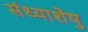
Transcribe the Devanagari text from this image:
संध्याशेषु